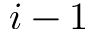
i - 1